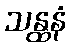
သန္ထနံ